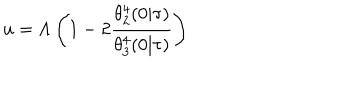
u = \Lambda \left( 1 - 2 \frac { \theta _ { 2 } ^ { 4 } ( 0 | \tau ) } { \theta _ { 3 } ^ { 4 } ( 0 | \tau ) } \right)